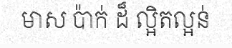
មាស ប៉ាក់ ដ៏ ល្អិតល្អន់